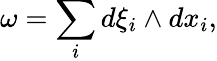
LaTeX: \omega=\sum_{i}d\xi_{i}\wedge dx_{i},